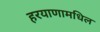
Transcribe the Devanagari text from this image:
हरयाणामधिल